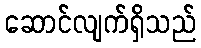
ဆောင်လျက်ရှိသည်